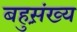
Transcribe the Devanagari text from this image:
बहुस़़ंख्य